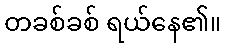
တခစ်ခစ် ရယ်နေ၏။